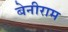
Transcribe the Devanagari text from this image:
बेनीराम